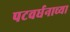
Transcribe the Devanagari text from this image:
पटवर्धनाच्या